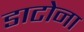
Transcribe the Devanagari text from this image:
डाटोना